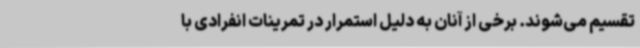
تقسیم می‌شوند. برخی از آنان به دلیل استمرار در تمرینات انفرادی با